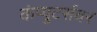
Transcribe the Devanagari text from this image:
कंप्युटर्सवर